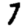
Digit: 7